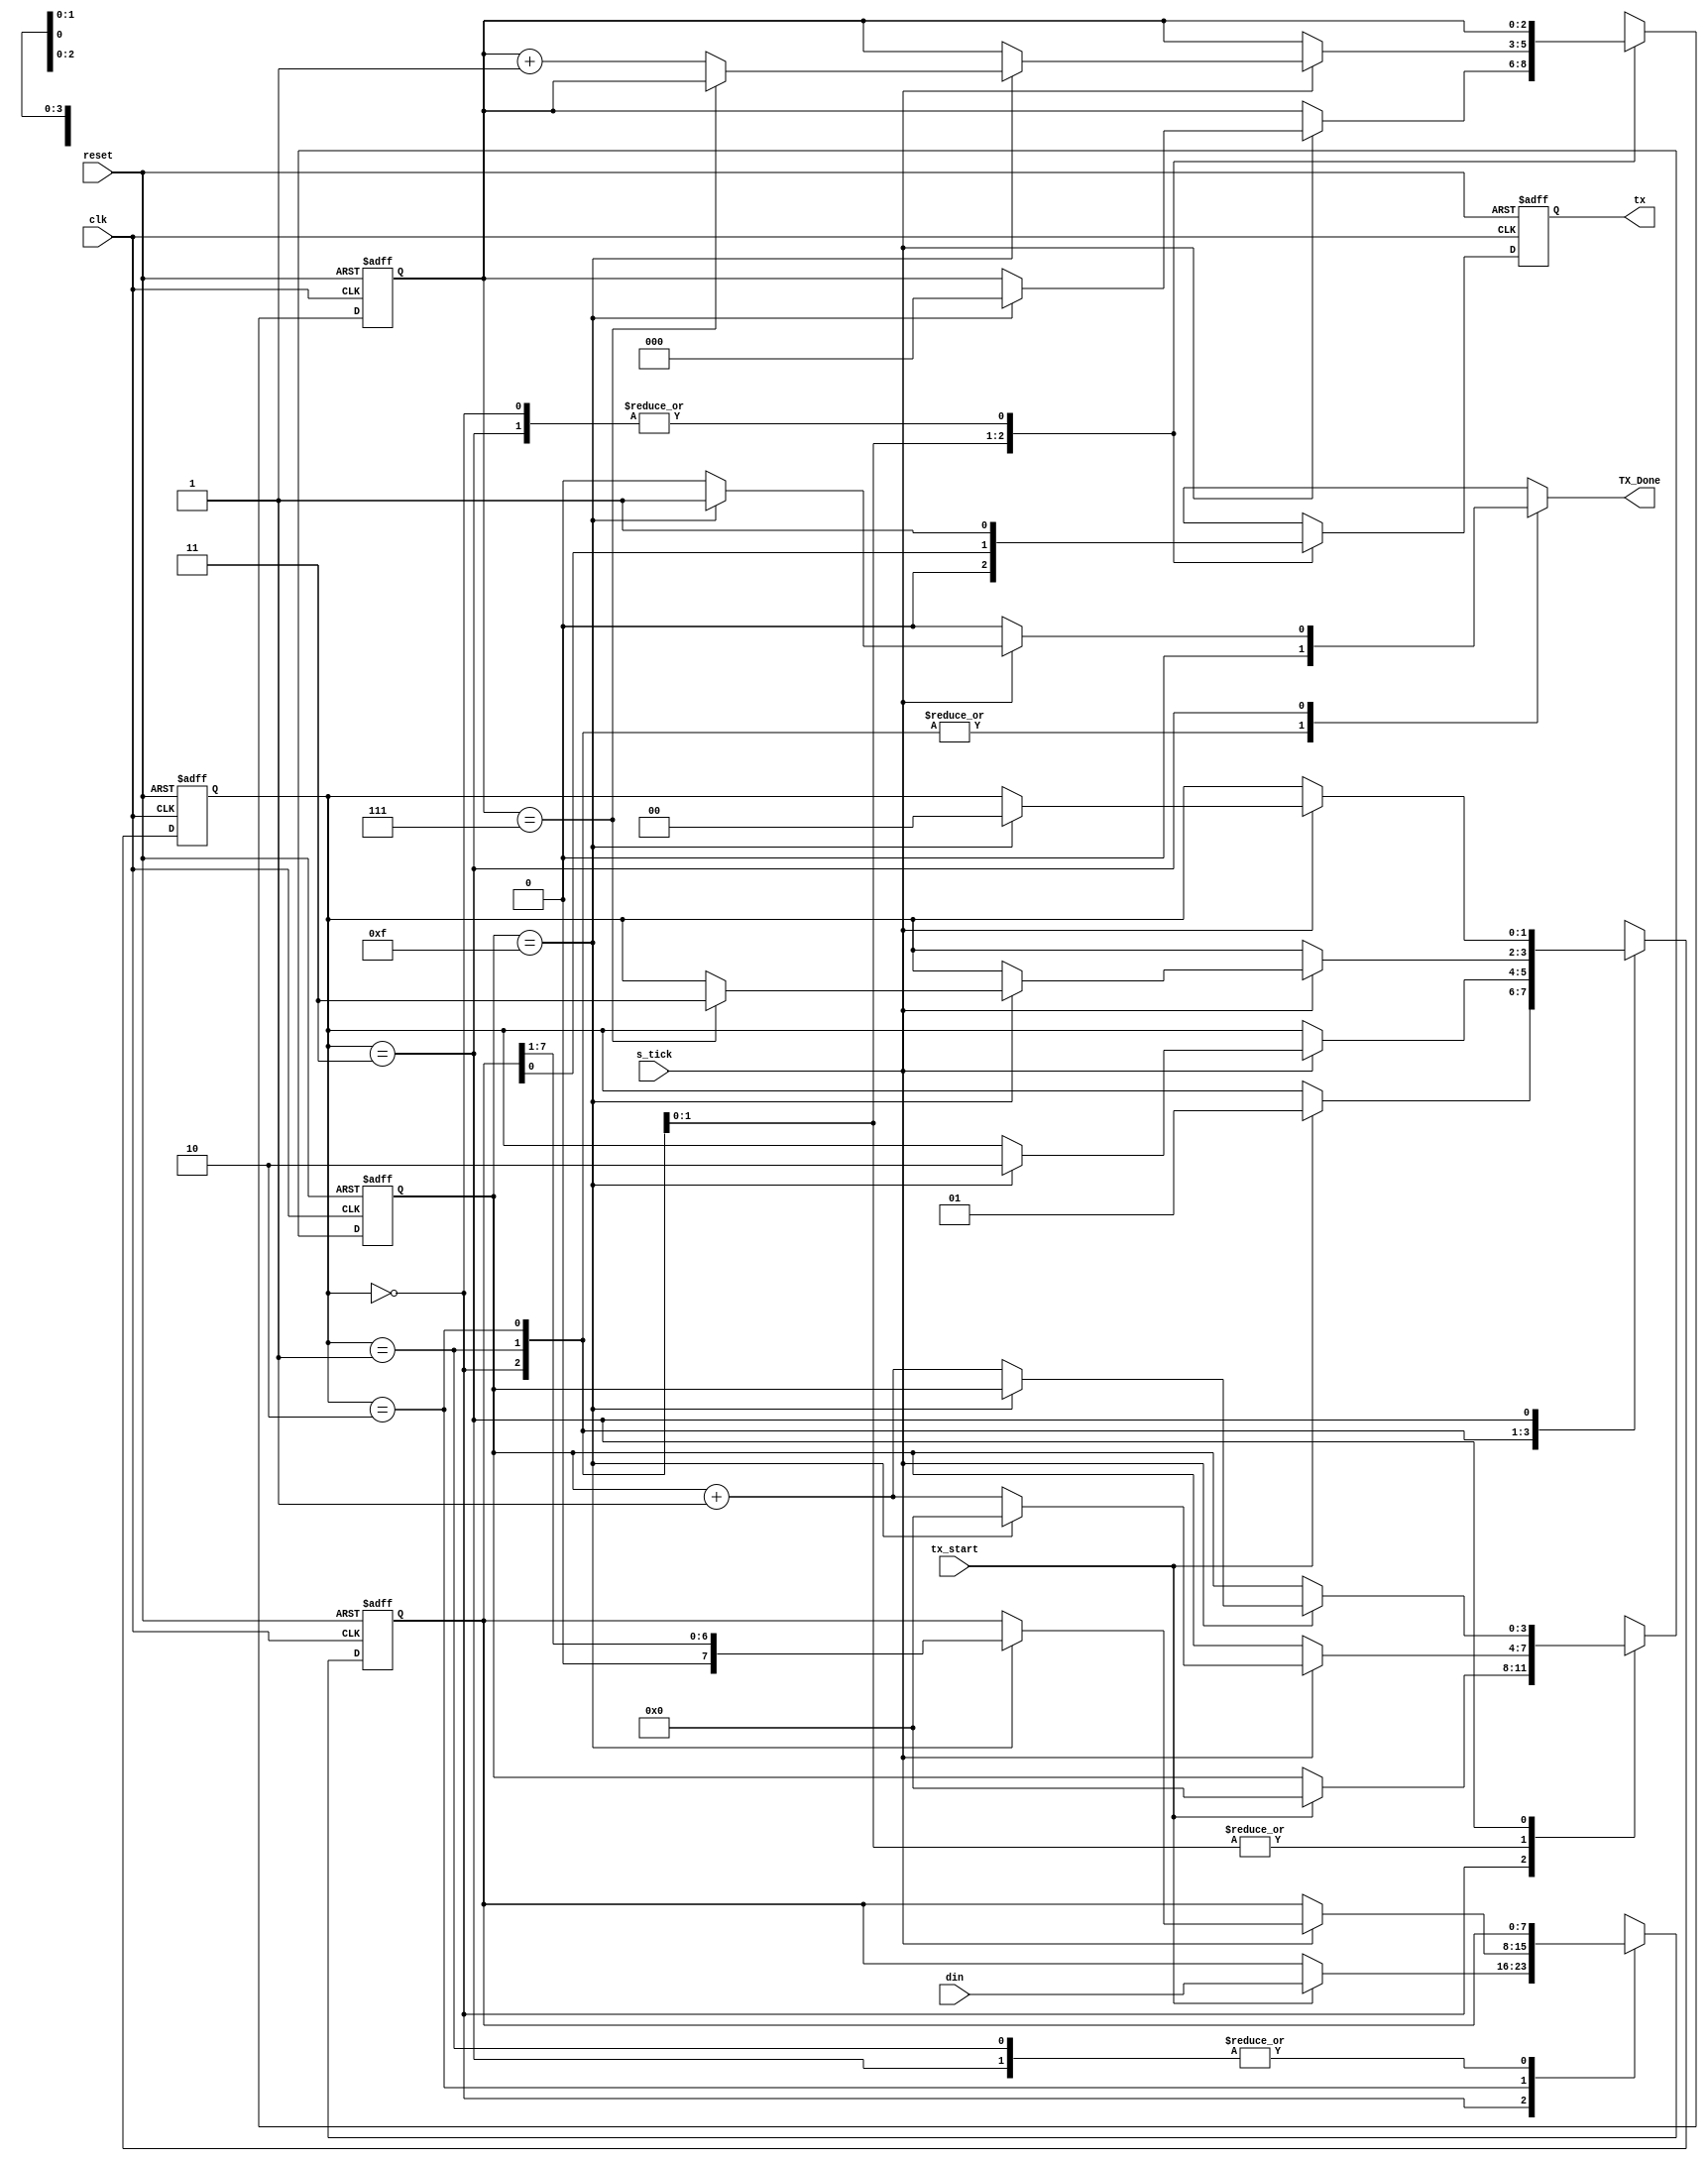
`timescale 1ns / 1ps
//////////////////////////////////////////////////////////////////////////////////
// Company: INSTITUTO TECNOLOGICO DE COSTA RICA
// 
// Design Name: 
// Module Name:    Transmisor 
// Project Name: 
// Target Devices: 
// Tool versions: 
// Description: 
//////////////////////////////////////////////////////////////////////////////////

module Transmisor
	#(
	parameter DBIT = 8 , // #databits
				 SB_TICK = 16 // #ticks fors top bits
	)
	(
	input wire clk, reset,
	input wire tx_start, s_tick,
	input wire [7:0] din,
	output reg TX_Done=0,
	output wire tx
	);
	// synlbolic s t a t e d e c l a r a t i o n
   localparam [1:0]
					idle = 2'b00,
					start = 2'b01,
					data = 2'b10,
					stop = 2'b11;
	
	// signal declaratio n
	
	reg [1:0] state_reg=0, state_next=0;
	reg [3:0] s_reg=0, s_next=0;
	reg [2:0] n_reg=0, n_next=0;
	reg [7:0] b_reg=0, b_next=0;
	reg tx_reg=1, tx_next=1;

	// FSMD state & data registers
	
	always @(posedge clk, posedge reset)
		if (reset)
			begin
				state_reg <= idle;
				s_reg <= 0;
				n_reg <= 0;
				b_reg <= 0 ;
				tx_reg <= 1'b1;
			end
		else
			begin
				state_reg <= state_next;
				s_reg <= s_next;

				n_reg <= n_next;
				b_reg <= b_next;
				tx_reg <= tx_next;
			end
	// FSMD next_state logic&functional units
	always @*
	begin
		state_next = state_reg;
		TX_Done = 1'b0;
		s_next = s_reg;
		n_next = n_reg;
		b_next = b_reg;
		tx_next = tx_reg;
		case (state_reg)
			idle:
				begin
					tx_next = 1'b1;
					if (tx_start)
						begin
							state_next = start;
							s_next =0;
							b_next = din;
						end
				end
			start:
				begin
					tx_next =1'b0;
					if (s_tick)
						if (s_reg ==15)
							begin
								state_next = data;
								s_next = 0;
								n_next = 0;
							end
						else
							s_next = s_reg + 1;
				end
			data:
				begin
					tx_next =b_reg[0];
					if (s_tick)
						if (s_reg == 15)
							begin
								s_next =0;
								b_next = b_reg>>1;
								if (n_reg==(DBIT-1))
									state_next = stop;
								else
									n_next = n_reg + 1;
							end
						else
							s_next = s_reg + 1;

				end
			stop:
				begin
					tx_next =1'b1;
					if (s_tick)
						if (s_reg==(SB_TICK-1 ))
							begin
								state_next = idle;
								TX_Done = 1'b1;
							end
						else
						s_next = s_reg+ 1;
				end
		endcase
	end
		//  output
	assign tx = tx_reg;
endmodule